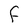
Character: F